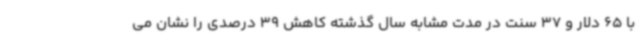
با 65 دلار و 37 سنت در مدت مشابه سال گذشته کاهش 39 درصدی را نشان می